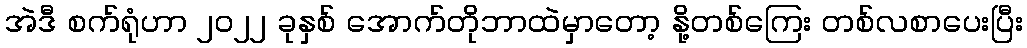
အဲဒီ စက်ရုံဟာ ၂၀၂၂ ခုနှစ် အောက်တိုဘာထဲမှာတော့ နို့တစ်ကြေး တစ်လစာပေးပြီး